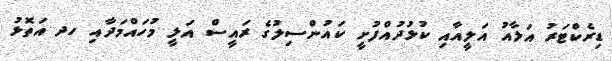
ޑިރެކްޓަރު އަލާއު އަލީއާއި ކުޅުދުއްފުށީ ކައުންސިލުގެ ރައީސް އަލީ މުހައްމަދާއި ހދ އަތޮޅު